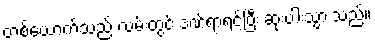
တစ်ယောက်သည် လမ်းတွင် ဒဏ်ရာရင့်ပြီး ဆုံးပါးသွားသည်။